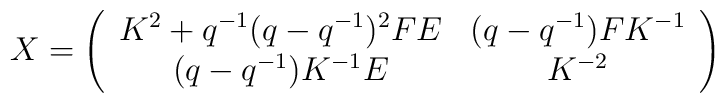
X= \left( \begin{array}{cc}             K^{2} + q^{-1}(q-q^{-1})^{2}FE & (q-q^{-1})FK^{-1} \\             (q-q^{-1})K^{-1}E & K^{-2}\end{array} \right)